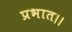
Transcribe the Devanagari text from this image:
प्रभात।।